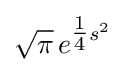
{\sqrt {\pi }}\,e^{{\tfrac {1}{4}}s^{2}}